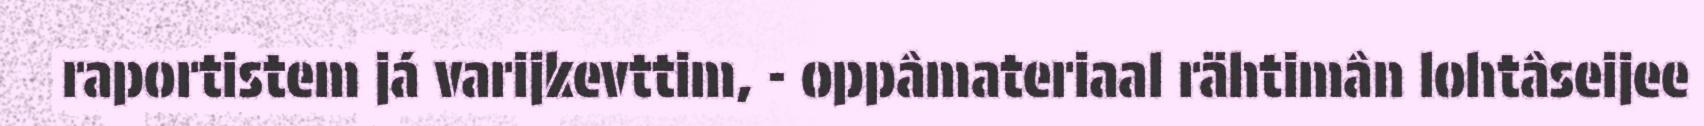
raportistem já varijkevttim, - oppâmateriaal rähtimân lohtâseijee